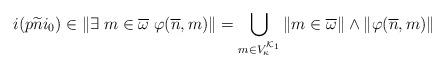
LaTeX: \begin{align*}i(p \widetilde{n} i_0)\in \|\exists \; m\in \overline{\omega} \; \varphi(\overline{n},m)\|=\bigcup_{m\in V_{\kappa}^{\mathcal{K}_1}} \|m\in \overline{\omega}\|\wedge \|\varphi(\overline{n},m)\|\end{align*}